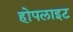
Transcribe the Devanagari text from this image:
होपलाइट